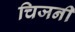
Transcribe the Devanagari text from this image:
चिजनी